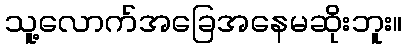
သူ့လောက်အခြေအနေမဆိုးဘူး။